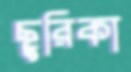
ছুরিকা